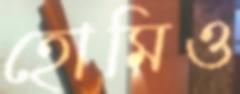
হোমিও